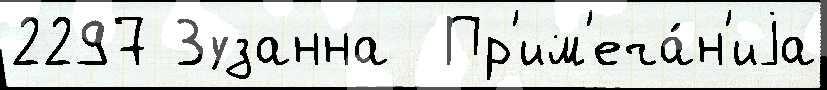
2297 Зузанна  Пр'им'еча́н'иjа